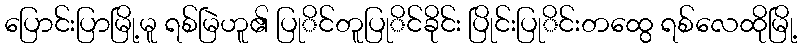
ပြောင်းပြာမြို့မူ ရစ်မြဲဟူ၏ ပြုိင်တူပြုိင်ခိုင်း ပြိုင်းပြုိင်းတထွေ ရစ်လေထိုမြို့